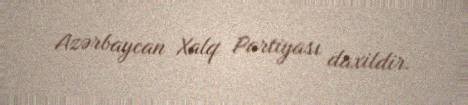
Azərbaycan Xalq Partiyası daxildir.